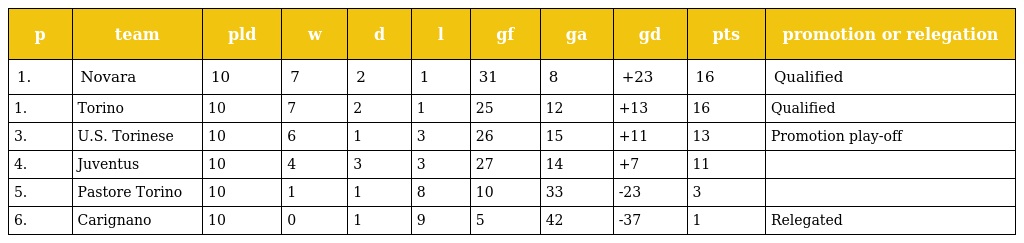
| p | team | pld | w | d | l | gf | ga | gd | pts | promotion or relegation |
 | --- | --- | --- | --- | --- | --- | --- | --- | --- | --- | --- |
 | 1. | Novara | 10 | 7 | 2 | 1 | 31 | 8 | +23 | 16 | Qualified |
 | 1. | Torino | 10 | 7 | 2 | 1 | 25 | 12 | +13 | 16 | Qualified |
 | 3. | U.S. Torinese | 10 | 6 | 1 | 3 | 26 | 15 | +11 | 13 | Promotion play-off |
 | 4. | Juventus | 10 | 4 | 3 | 3 | 27 | 14 | +7 | 11 |  |
 | 5. | Pastore Torino | 10 | 1 | 1 | 8 | 10 | 33 | -23 | 3 |  |
 | 6. | Carignano | 10 | 0 | 1 | 9 | 5 | 42 | -37 | 1 | Relegated |